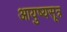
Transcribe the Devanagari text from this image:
आयुष्यसूत्र